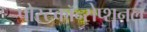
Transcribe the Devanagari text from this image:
पोस्टकॉन्सेप्शनल